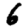
Digit: 6